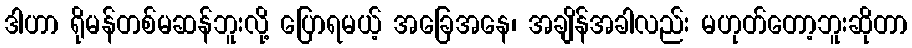
ဒါဟာ ရိုမန်တစ်မဆန်ဘူးလို့ ပြောရမယ့် အခြေအနေ၊ အချိန်အခါလည်း မဟုတ်တော့ဘူးဆိုတာ